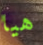
هيا